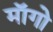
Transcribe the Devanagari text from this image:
माॅगो